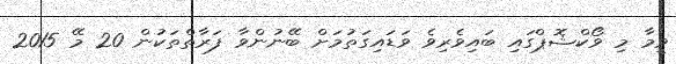
ވީމާ މި ވޯކްޝޮޕްގައި ބައިވެރިވެ ވަޑައިގަތުމަށް ބޭނުންވާ ފަރާތްތަކުން 20 މޭ 2015